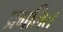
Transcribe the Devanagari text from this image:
प्रगलित